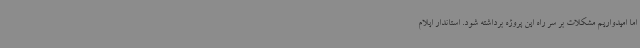
اما امیدواریم مشکلات بر سر راه این پروژه برداشته شود. استاندار ایلام